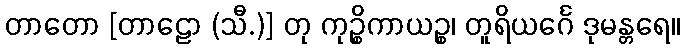
တာတော [တာဠော (သီ.)] တု ကုဉ္စိကာယဉ္စ၊ တူရိယင်္ဂေ ဒုမန္တရေ။